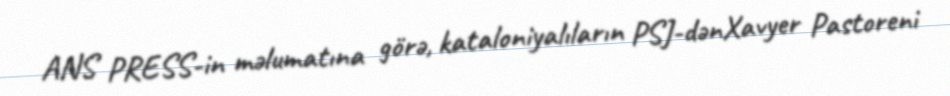
ANS PRESS-in məlumatına görə, kataloniyalıların PSJ-dənXavyer Pastoreni